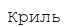
Криль